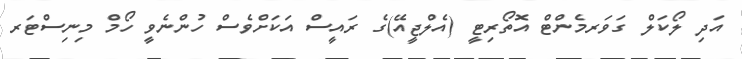
އަދި ލޯކަލް ގަވަރމެންޓް އޮތޯރިޓީ (އެލްޖީއޭ)ގެ ރައީސް އަކަށްވެސް ހުންނެވީ ހޯމް މިނިސްޓަރ